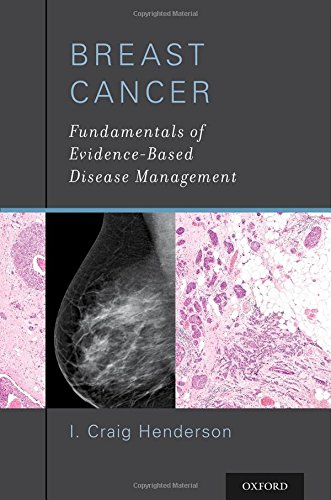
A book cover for Breast Cancer: Fundamentals of Evidence-Based Disease Management; I. Craig Henderson; Health, Fitness & Dieting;